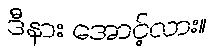
ဒီနား အောင့်လား။